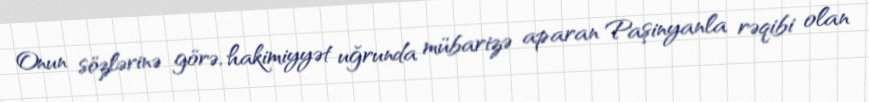
Onun sözlərinə görə, hakimiyyət uğrunda mübarizə aparan Paşinyanla rəqibi olan